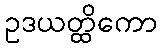
ဥဒယတ္ထိကော